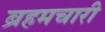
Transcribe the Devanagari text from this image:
ब्रहमचारी